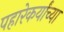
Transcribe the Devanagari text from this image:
पहारेकर्यांच्या